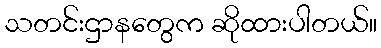
သတင်းဌာနတွေက ဆိုထားပါတယ်။